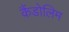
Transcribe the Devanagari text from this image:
कैंडोलिम